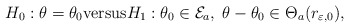
\begin{align*}H_0: \theta=\theta_0 \mathrm{versus} H_1: \theta_0 \in \mathcal{E}_a,\; \theta-\theta_0\in \Theta_a(r_{\varepsilon,0}),\end{align*}